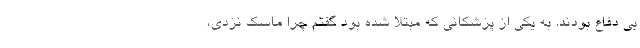
بی دفاع بودند. به یکی از پزشکانی که مبتلا شده بود گفتم چرا ماسک نزدی،